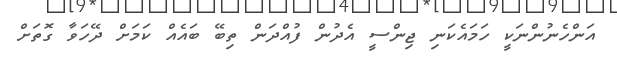
އަންހެނުންނަކީ ހަމައެކަނި ޖިންސީ އެދުން ފުއްދަން ތިބޭ ބައެއް ކަމަށް ދޭހަވާ ގޮތަށް